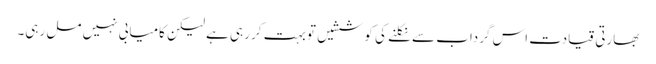
بھارتی قیادت اس گرداب سے نکلنے کی کوششیں تو بہت کر رہی ہے لیکن کامیابی نہیں مل رہی۔